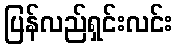
ပြန်လည်ရှင်းလင်း